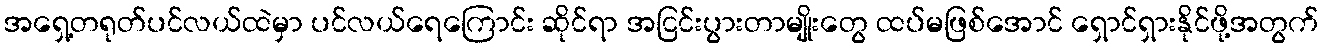
အရှေ့တရုတ်ပင်လယ်ထဲမှာ ပင်လယ်ရေကြောင်း ဆိုင်ရာ အငြင်းပွားတာမျိုးတွေ ထပ်မဖြစ်အောင် ရှောင်ရှားနိုင်ဖို့အတွက်